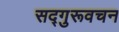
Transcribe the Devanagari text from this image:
सद्गुरूवचन